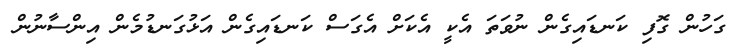
ގަހުން ގޮފި ކަނޑައިގެން ނުވަތަ އެކީ އެކަށް އެގަސް ކަނޑައިގެން އަޅުގަނޑުމެން އިންސާނުން